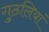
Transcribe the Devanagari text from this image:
गुठलियां